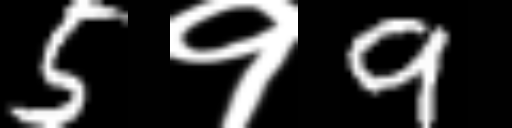
Text: 5१9